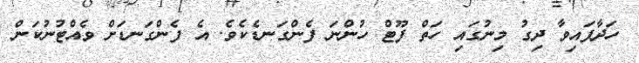
ހަދާފައިވާ ދިގު މިނުގައި ހަތް ފޫޓް ހުންނަ ފެންގަނޑެކެވެ. އެ ފެންގަނޑަށް ވެއްޓުނުކަން